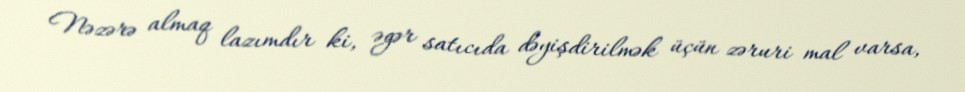
Nəzərə almaq lazımdır ki, əgər satıcıda dəyişdirilmək üçün zəruri mal varsa,